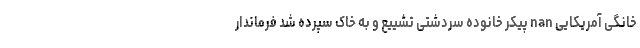
خانگی آمریکایی nan پیکر خانوده سردشتی تشییع و به خاک سپرده شد فرماندار